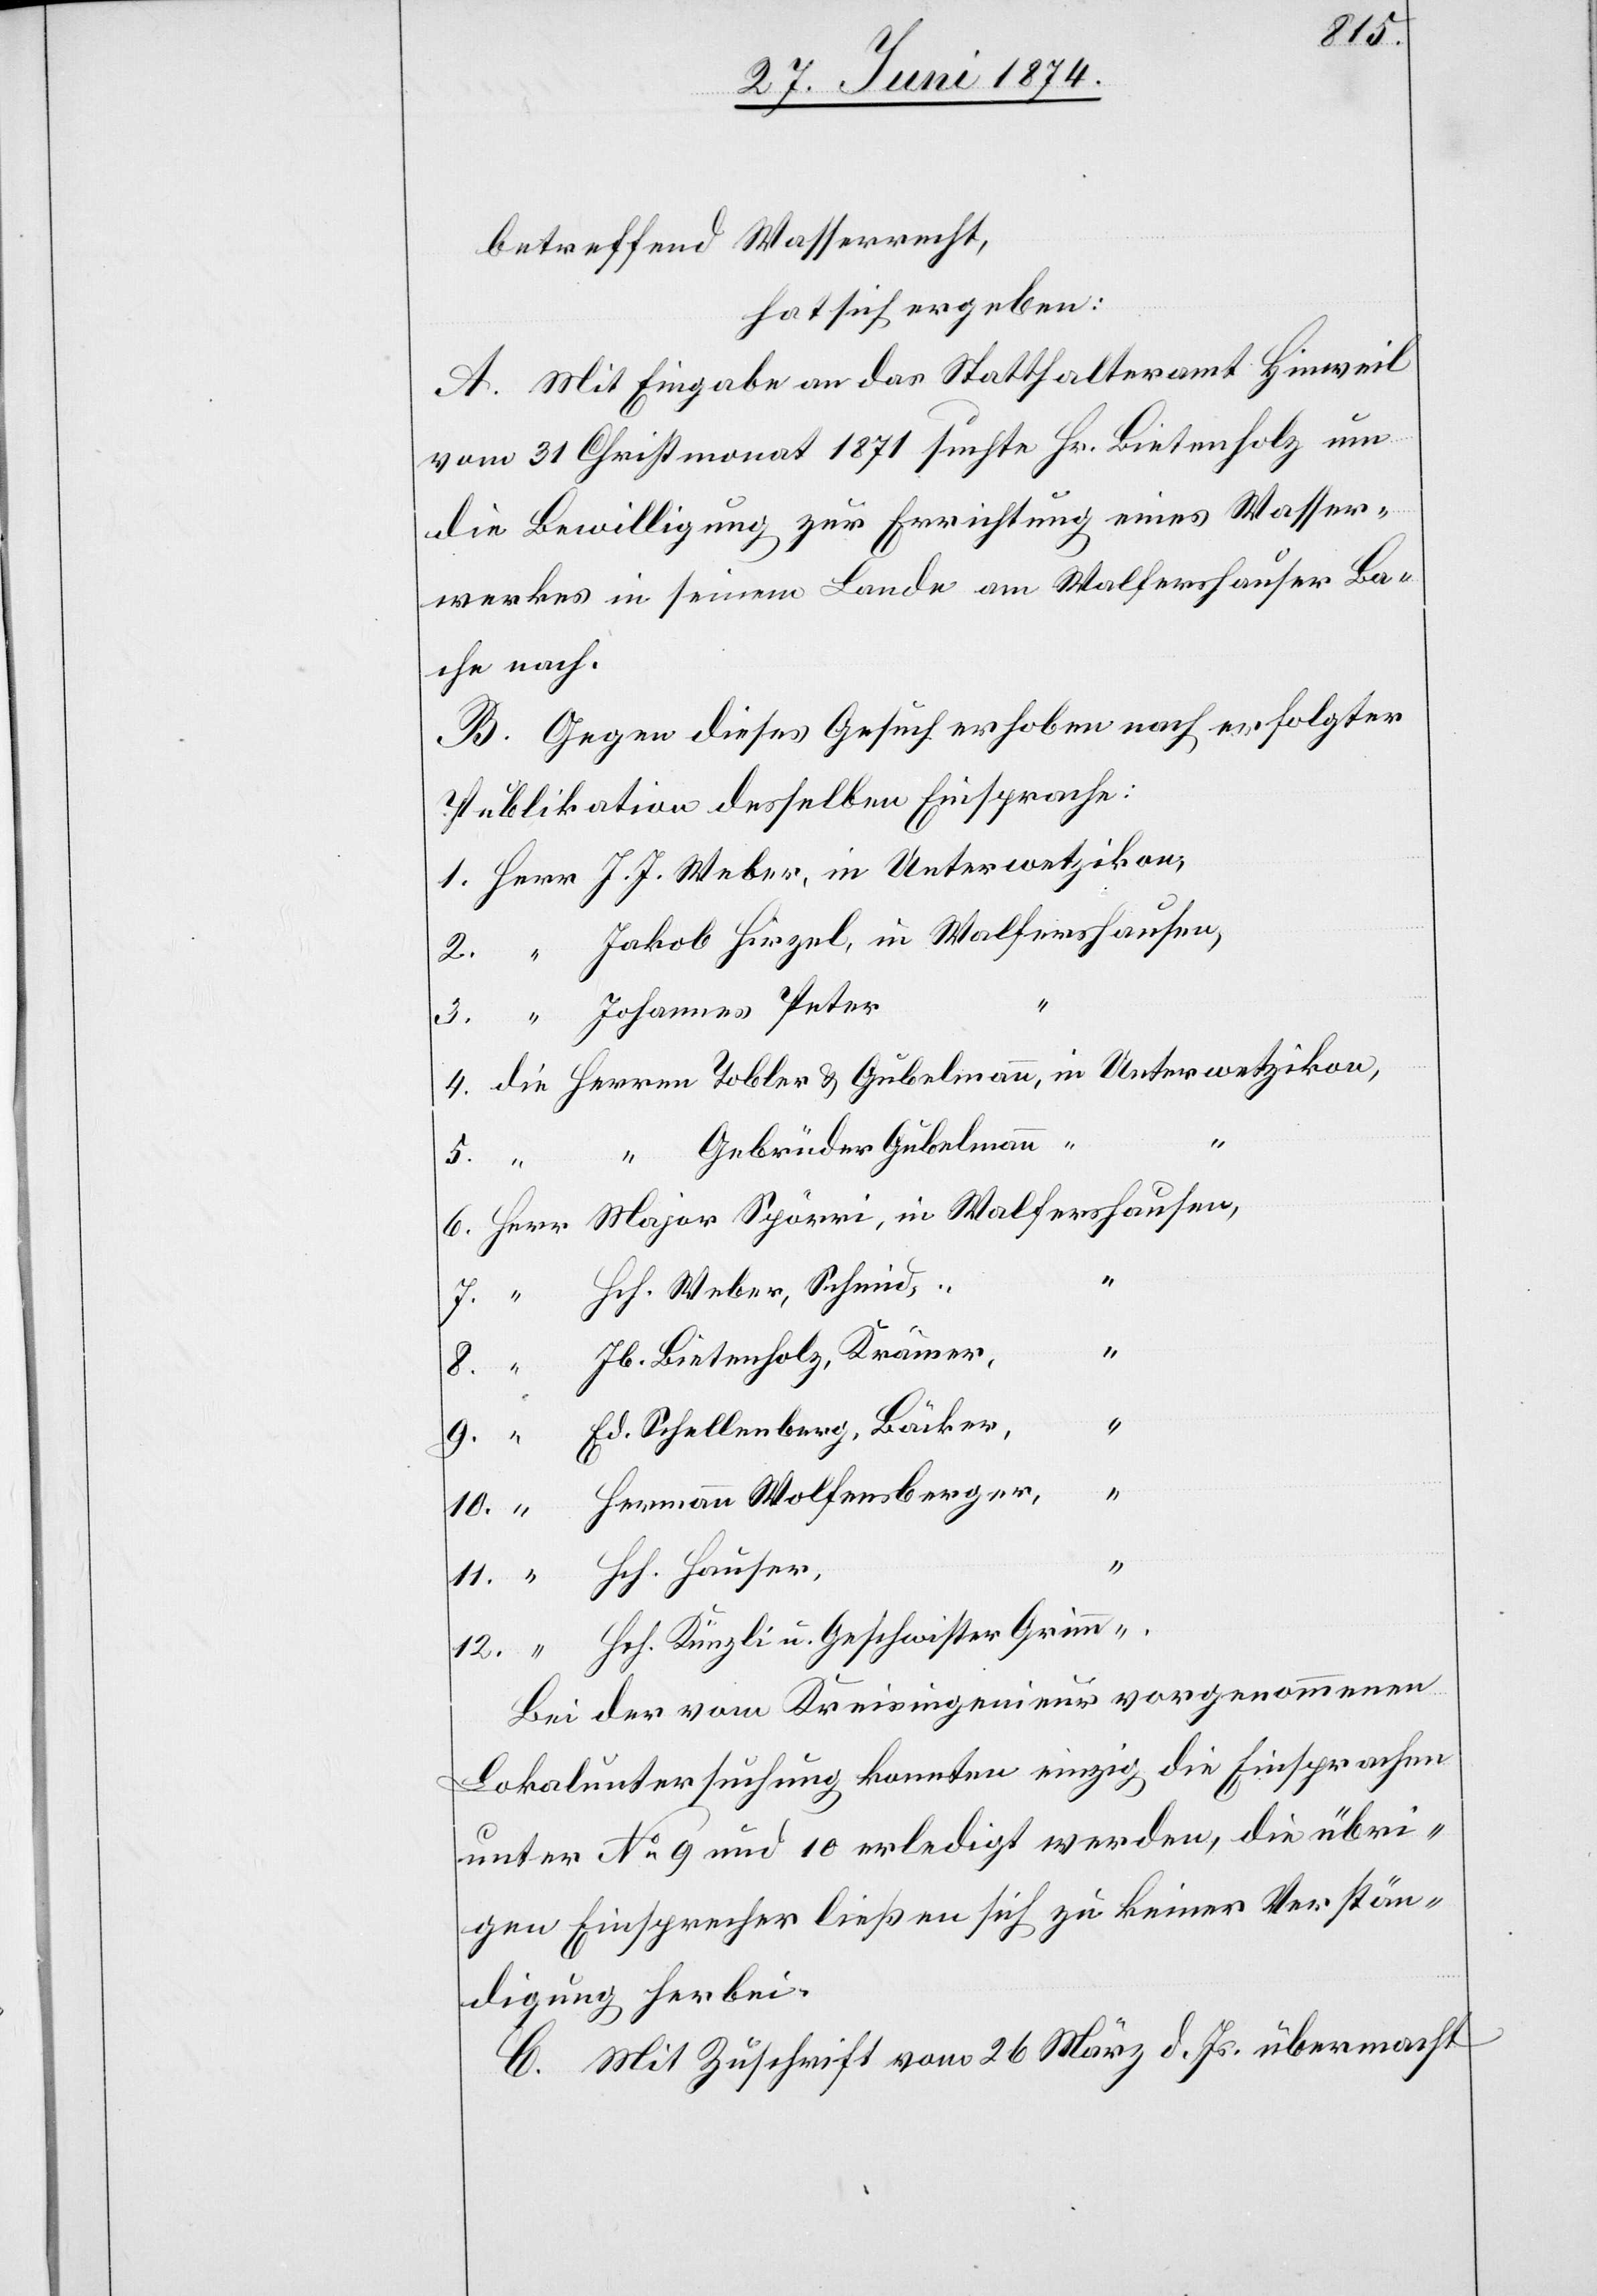
12.
betreffend Wasserrecht,
“
hat sich ergeben:
A. Mit Eingabe an das Statthalteramt Hinweil
vom 31. Christmonat 1871 suchte Hr. Bietenholz um
die Bewilligung zur Errichtung eines Wasser¬
werkes in seinem Lande am Walfershauser Ba¬
che nach.
B. Gegen dieses Gesuch erhoben nach erfolgter
Publikation desselben Einsprache:
1.
Gebrüder Gubelmann
5.
in
Hch. Weber, Schmid,
Hauser,
“
Jb. Bietenholz, Kramer,
Hch. Künzli u. Geschwister Grimm
Bei der vom Kreisingenieur vorgenommenen
Lokaluntersuchung konnten einzig die Einsprachen
unter No 9 und 10 erledigt werden, die übri¬
gen Einsprecher ließen sich zu keiner Verstän¬
digung herbei.
C. Mit Zuschrift vom 26. März d. Js. übermacht